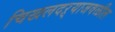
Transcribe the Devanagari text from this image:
चिखलदऱ्याजवळील